Report of the veterinary officer investigating camel disease
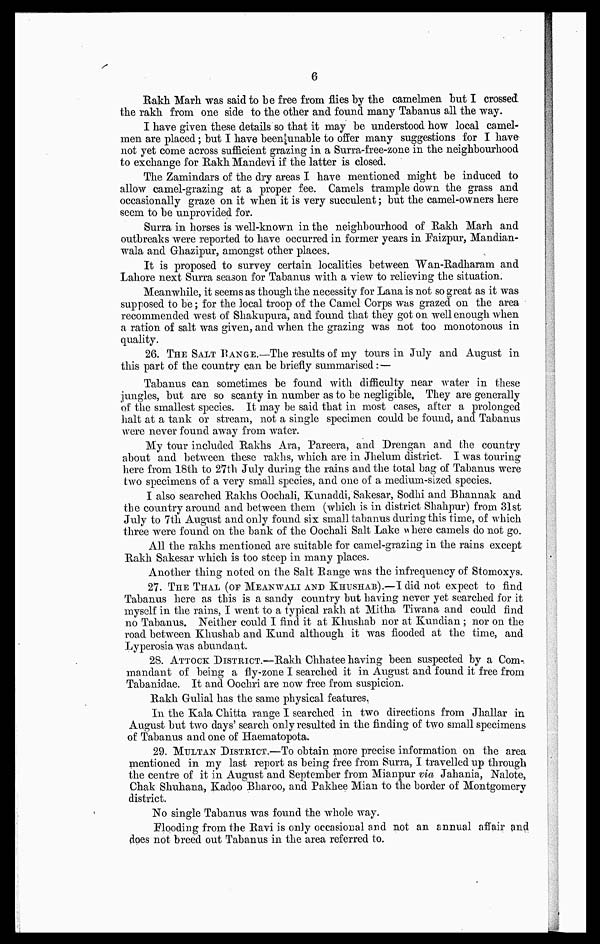
6
Rakh Marh was said to be free from flies by the camelmen but I crossed
the rakh from one side to the other and found many Tabanus all the way.
I have given these details so that it may be understood how local camel-
men are placed ; but I have been unable to offer many suggestions for I have
not yet come across sufficient grazing in a Surra-free-zone in the neighbourhood
to exchange for Rakh Mandevi if the latter is closed.
The Zamindars of the dry areas I have mentioned might be induced to
allow camel-grazing at a proper fee. Camels trample down the grass and
occasionally graze on it when it is very succulent ; but the camel-owners here
seem to be unprovided for.
Surra in horses is well-known in the neighbourhood of Rakh Marh and
outbreaks were reported to have occurred in former years in Faizpur, Mandian-
wala and Ghazipur, amongst other places.
It is proposed to survey certain localities between "Wan-Radharam and
Lahore next Surra season for Tabanus with a view to relieving the situation.
Meanwhile, it seems as though the necessity for Lana is not so great as it was
supposed to be ; for the local troop of the Camel Corps was grazed on the area
recommended west of Shakupura, and found that they got on well enough when
a ration of salt was given, and when the grazing was not too monotonous in
quality.
26. THE SALT RANGE.—The results of my tours in July and August in
this part of the country can be briefly summarised : —
Tabanus can sometimes be found with difficulty near water in these
jungles, but are so scanty in number as to be negligible. They are generally
of the smallest species. It may be said that in most cases, after a prolonged
halt at a tank or stream, not a single specimen could be found, and Tabanus
were never found away from water.
My tour included Rakhs Ara, Pareera, and Drengan and the country
about and between these rakhs, which are in Jhelum district. I was. touring
here from 18th to 27th July during the rains and the total bag of Tabanus were
two specimens of a very small species, and one of a medium-sized species.
I also searched Rakhs Oochali, Kunaddi, Sakesar, Sodhi and Bhannak and
the country around and between them (which is in district Shahpur) from 31st
July to 7th August and only found six small tabanus during this time, of which
three were found on the bank of the Oochali Salt Lake where camels do not go.
All the rakhs mentioned are suitable for camel-grazing in the rains except
Rakh Sakesar which is too steep in many places.
Another thing noted on the Salt Range was the infrequency of Stomoxys.
27. THE THAL (OF MEANWALI AND KHUSHAB).—I did not expect to find
Tabanus here as this is a sandy country but having never yet searched for it
myself in the rains, I went to a typical rakh at Mitha Tiwana and could find
no Tabanus. Neither could I find it at Khushab nor at Kundian ; nor on the
road between Khushab and Kund although it was flooded at the time, and
Lyperosia was abundant.
28. ATTOCK DISTRICT.—Rakh Chhatee having been suspected by a Com-
mandant of being a fly-zone I searched it in August and found it free from
Tabanidae. It and Oochri are now free from suspicion.
Rakh Gulial has the same physical features.
In the Kala Chitta range I searched in two directions from Jhallar in
August but two days' search only resulted in the finding of two small specimens
of Tabanus and one of Haematopota.
29. MULTAN DISTRICT.—To obtain more precise information on the area
mentioned in my last report as being free from Surra, I travelled up through
the centre of it in August and September from Mianpur via Jahania, Nalote,
Chak Shuhana, Kadoo Bharoo, and Pakhee Mian to the border of Montgomery
district.
No single Tabanus was found the whole way.
Flooding from the Ravi is only occasional and not an annual affair and
does not breed out Tabanus in the area referred to.